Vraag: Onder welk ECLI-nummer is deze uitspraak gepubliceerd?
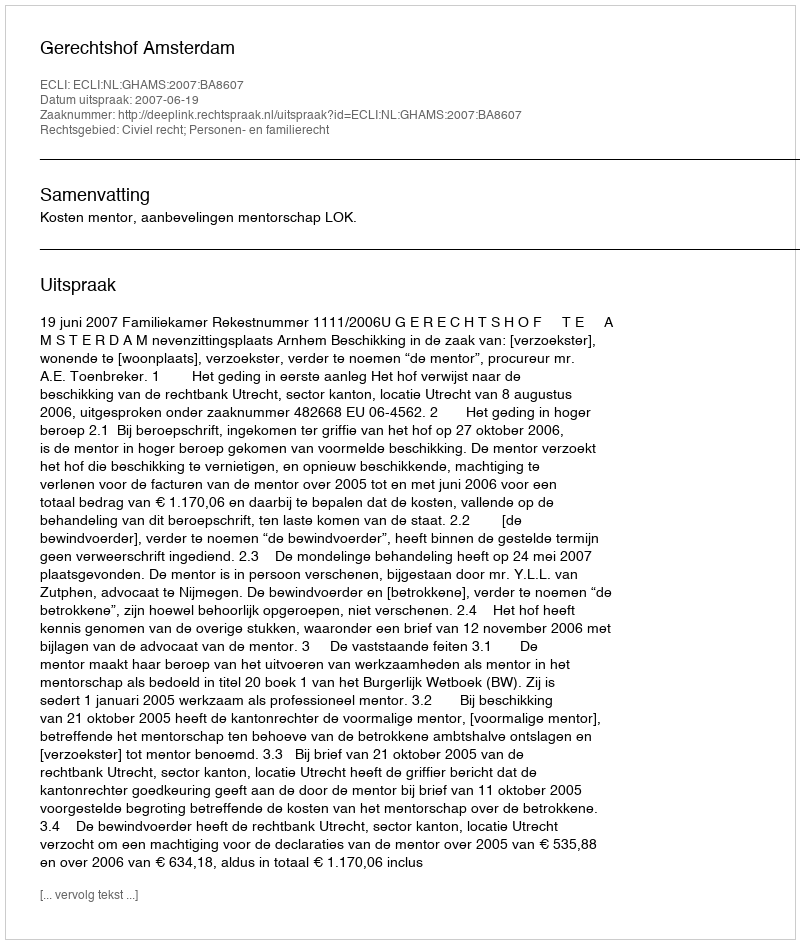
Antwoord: ECLI:NL:GHAMS:2007:BA8607